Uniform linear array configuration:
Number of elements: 16
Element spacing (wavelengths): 0.25
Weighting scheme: exponential
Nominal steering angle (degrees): -60
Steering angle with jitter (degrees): -59.767
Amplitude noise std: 0.05
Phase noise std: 0.05

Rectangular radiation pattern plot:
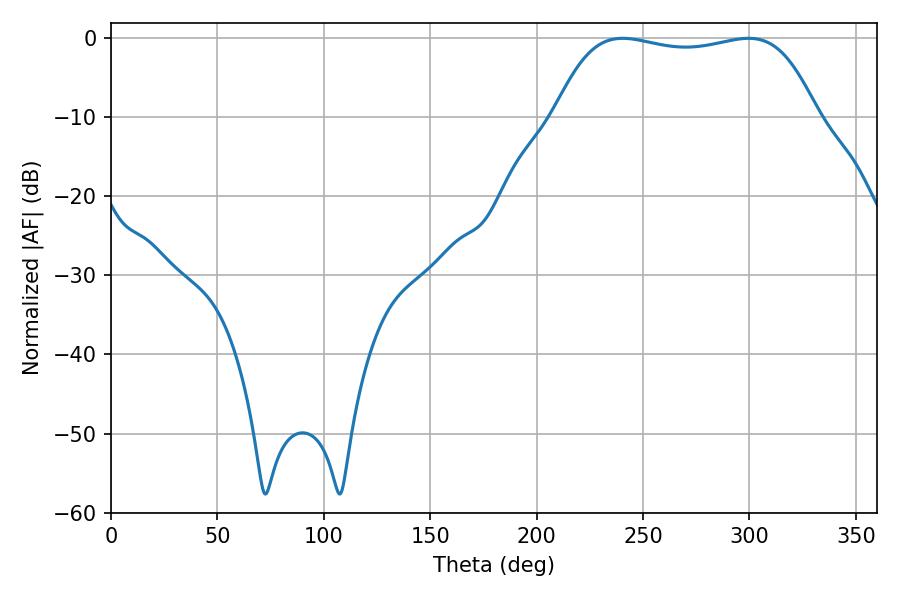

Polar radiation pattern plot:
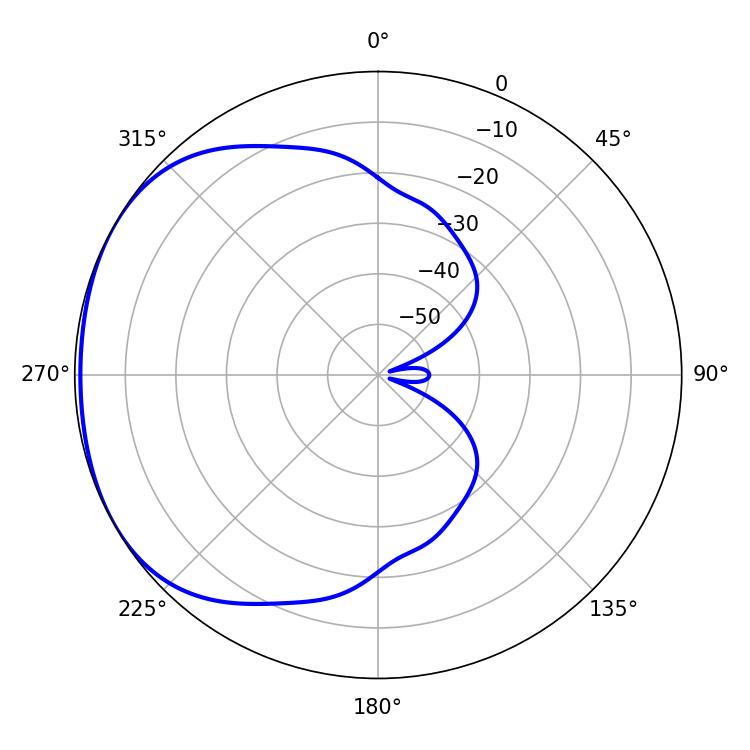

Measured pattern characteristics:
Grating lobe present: FALSE
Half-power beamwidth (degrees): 98.28
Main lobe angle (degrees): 240.48